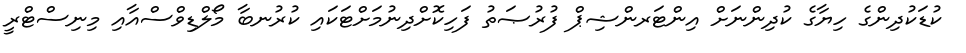
ކުޑަކުދިންގެ ހިޔާގެ ކުދިންނަށް އިންޓަރންޝިޕް ފުރުޞަތު ފަހިކޮށްދިނުމަށްޓަކައި ކުރުނބާ މޯލްޑިވްސްއާއި މިނިސްޓްރީ